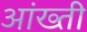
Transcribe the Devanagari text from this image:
आंख्ती